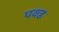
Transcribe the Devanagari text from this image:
पवड